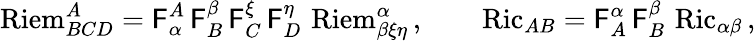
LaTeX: \operatorname{Riem}^{A}_{BCD}=\mathsf{F}_{\alpha}^{A}\, \mathsf{F}_{B}^{\beta}\, \mathsf{F}_{C}^{\xi}\, \mathsf{F}_{D}^{\eta}\, \operatorname{Riem}^{\alpha}_{\beta\xi\eta}\, ,\qquad\operatorname{Ric}_{AB}=\mathsf{F}_{A}^{\alpha}\, \mathsf{F}_{B}^{\beta}\, \operatorname{Ric}_{\alpha\beta}\, ,